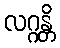
လဂ္ဂန္တိ